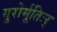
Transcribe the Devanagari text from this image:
गुरोर्मूतिःर्